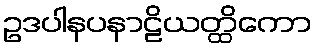
ဥဒပါနပနာဠိယတ္ထိကော